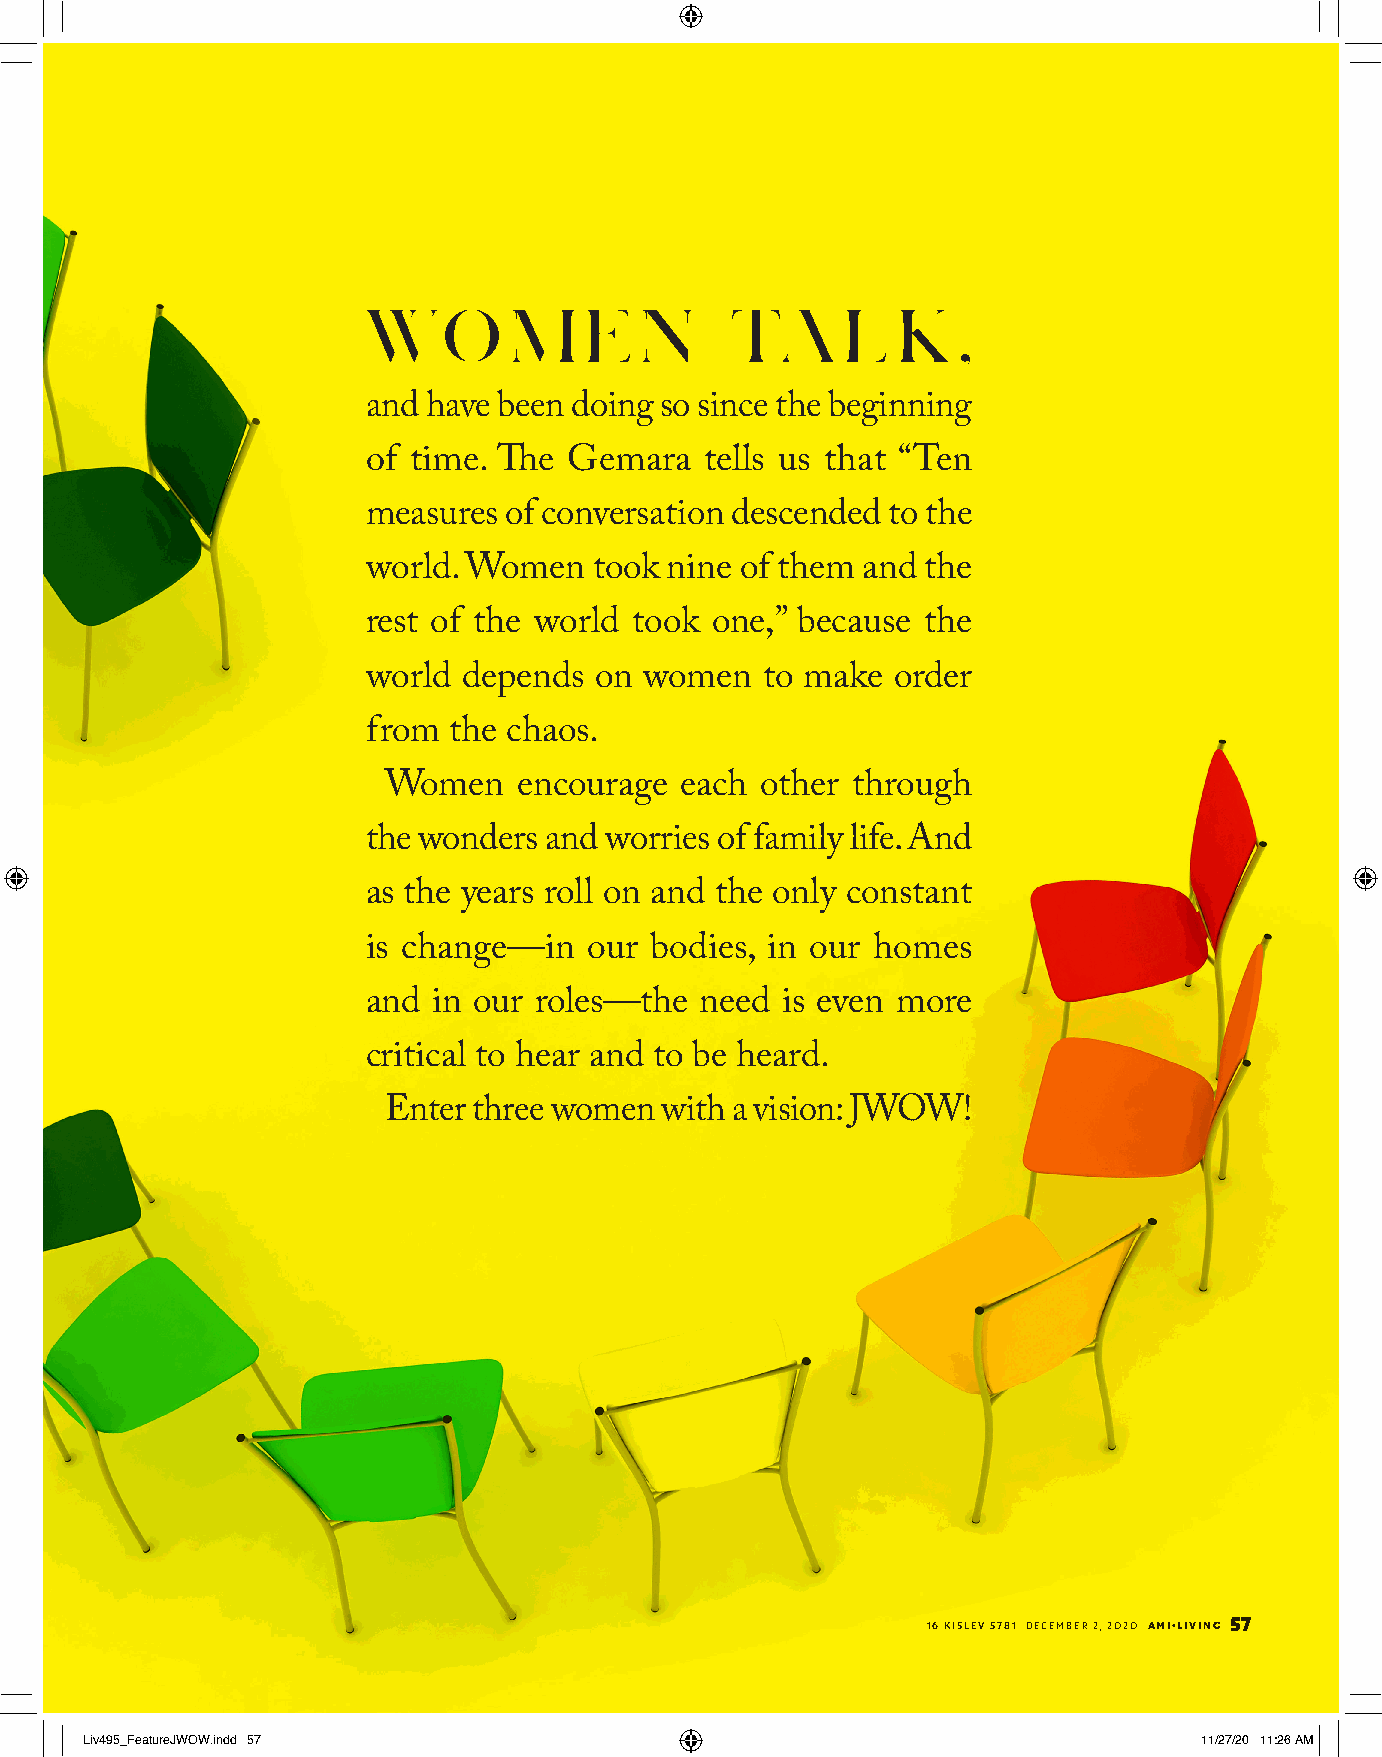
WO        M    E  N     TA      L  K   ,
 and have been doing so since the beginning
 of time. The  Gemara   tells us that “Ten
 measures of conversation descended to the
 world. Women   took nine of them and the
 rest of the world took one,” because the
 world  depends on  women  to make  order
 from  the chaos.
 Women    encourage  each other through
 the wonders and worries of family life. And
 as the years roll on and the only constant
 is change—in   our bodies, in our homes
 and  in our roles—the need  is even more
 critical to hear and to be heard.
 Enter three women  with a vision: JWOW!
 16 KISLEV 5781 DECEMBER 2, 2020 AMI•LIVING 57
 Liv495_FeatureJWOW.indd 57                                               11/27/20 11:26 AM